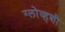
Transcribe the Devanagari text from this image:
ग्लोव्हशी